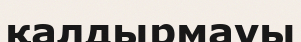
қалдырмауы